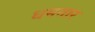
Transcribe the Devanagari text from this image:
धमनार